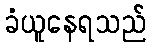
ခံယူနေရသည်